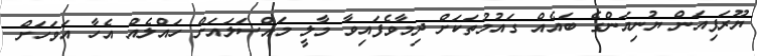
ޔޫރަޕިއަން ޔުނިއަންގެ ބައެއް ގައުމުތަކަށް ދިމާވެފައިވާ މާލީ މައްސަލައަށް ހައްލެއް އެހާ އަވަހަށް